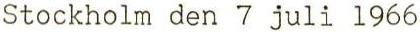
Stockholm den 7 juli 1966